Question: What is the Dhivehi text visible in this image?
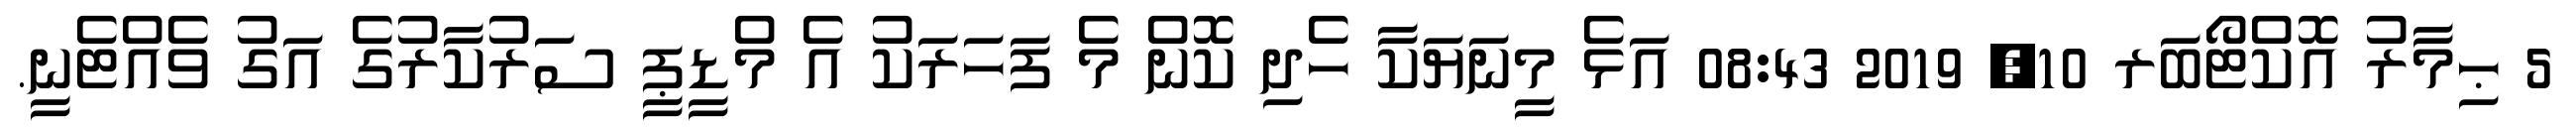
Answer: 5 ޙިމާރު އޮކްޓޯބަރ 10, 2019 08:43 އަޅެ މީނަޔަކާ ހެދި ކޮން މެ ފަހަރަކު އެ މްޑީޕީ ސަރުކާރުގެ އަގު ވެއްޓެނީ.